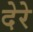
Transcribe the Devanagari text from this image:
देरे